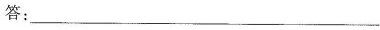
答：___